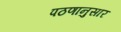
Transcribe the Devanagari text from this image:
पठणानुसार